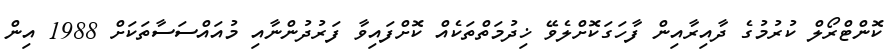
ކޮންޓްރޯލް ކުރުމުގެ ދާއިރާއިން ފާހަގަކޮށްލެވޭ ޚިދުމަތްތަކެއް ކޮށްފައިވާ ފަރުދުންނާއި މުއައްސަސާތަކަށް 1988 އިން